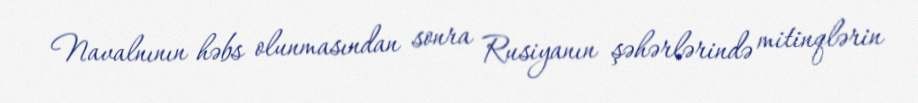
Navalnının həbs olunmasından sonra Rusiyanın şəhərlərində mitinqlərin